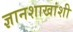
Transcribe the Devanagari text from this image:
ज्ञानशाखांशी